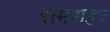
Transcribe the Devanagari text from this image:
रामशहर